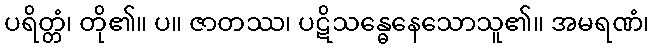
ပရိတ္တံ၊ တို၏။ ပ။ ဇာတဿ၊ ပဋိသန္ဓေနေသောသူ၏။ အမရဏံ၊